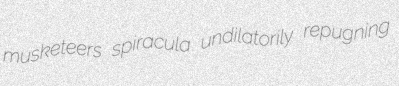
musketeers spiracula undilatorily repugning